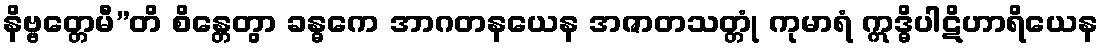
နိဗ္ဗတ္တေမီ”တိ စိန္တေတွာ ခန္ဓကေ အာဂတနယေန အဇာတသတ္တုံ ကုမာရံ ဣဒ္ဓိပါဋိဟာရိယေန